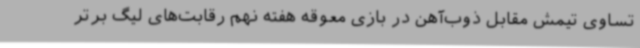
تساوی تیمش مقابل ذوب‌آهن در بازی معوقه هفته نهم رقابت‌های لیگ برتر